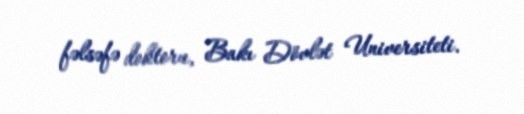
fəlsəfə doktoru, Bakı Dövlət Universiteti.